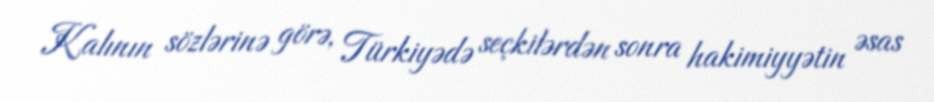
Kalının sözlərinə görə, Türkiyədə seçkilərdən sonra hakimiyyətin əsas